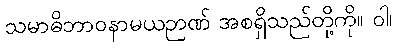
သမာဓိဘာဝနာမယဉာဏ် အစရှိသည်တို့ကို။ ဝါ၊